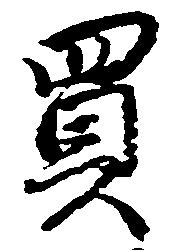
買